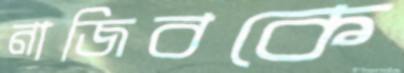
নাজিবকে